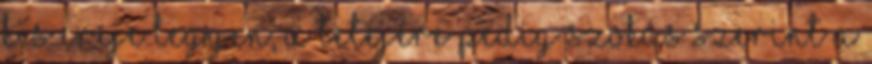
kis ereje legyen, a tetejére pedig szokás szerint a